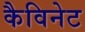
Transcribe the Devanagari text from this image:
कैविनेट